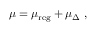
\mu = \mu _ { \mathrm { r e g } } + \mu _ { \Delta } \ ,